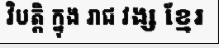
វិបត្តិ ក្នុង រាជ វង្ស ខ្មែរ